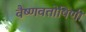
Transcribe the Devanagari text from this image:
वैष्णवतोषिणी